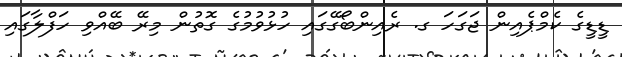
ޑީޑީގެ ކެމްޕެއިން ޖަގަހަ ގ. ރެއިންބޯގޭގައި ހުޅުވުމުގެ ގޮތުން މިރޭ ބޭއްވި ހަފްލާގައި